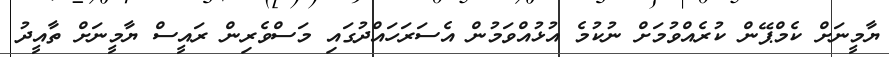
ޔާމީނަށް ކެމްޕޭން ކުރެއްވުމަށް ނުކުމެ އުޅުއްވަމުން އެސަރަަހައްދުގައި މަސްވެރިން ރައީސް ޔާމީނަށް ތާއީދު